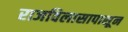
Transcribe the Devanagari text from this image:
राजविलासापासून